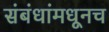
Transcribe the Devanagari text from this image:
संबंधांमधूनच